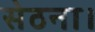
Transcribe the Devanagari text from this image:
सेठना।